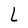
Character: L